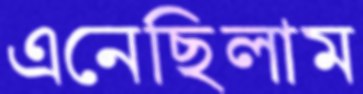
এনেছিলাম